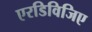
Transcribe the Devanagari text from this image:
एरडिविजिए